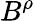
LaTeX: B^{\rho}